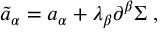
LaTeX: { \tilde { a } } _ { \alpha } = a _ { \alpha } + \lambda _ { \beta } \partial ^ { \beta } \Sigma \; ,